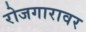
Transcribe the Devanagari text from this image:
रोजगारावर